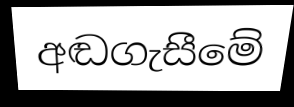
අඬගැසීමේ